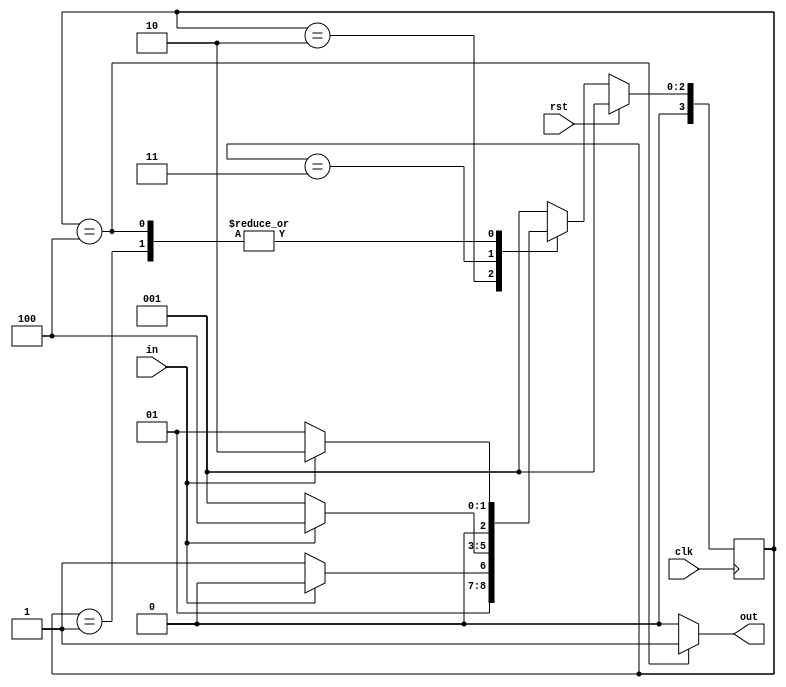
`timescale 1ns / 1ps
module mealy_non_overlapping(out, clk, rst, in);
output out;
input clk,rst,in;
parameter A = 4'h1;
  parameter B = 4'h2;
  parameter C = 4'h3;
  parameter D = 4'h4;
  
reg [3:0] cs, ns;
  always @(posedge clk) begin
    if(rst) begin 
      cs <= A;
    end
    else cs <= ns;
  end
  
  always @(cs or in) begin
    case(cs)
      A: begin
           if(in == 0) ns = A;
           else       ns = B;
         end
      B: begin
           if(in == 0) ns = C;
           else       ns = B;
         end
      C: begin
           if(in == 0) ns = A;
           else       ns = D;
         end
      D: begin
           if(in == 0) ns = A;
           else       ns = B;
         end
      default: ns = A;
    endcase
  end
  assign out = (cs == D)? 1:0;
endmodule